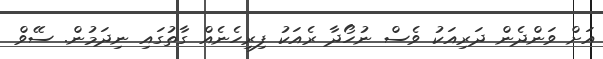
އަށް ވަންދެން ދަރިއަކު ވެސް ނުހޯދާ ރެއަކު ފިރިހެނެއް ގާތުގައި ނިދަމުން. ސޭވް